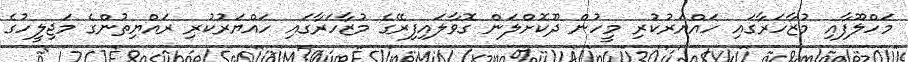
މަހްލޫފާއި މުޒާހަރާގައި ހައްޔަރުކުރި މީހުން ދޫކޮށްލަން ގޮވާލައިފިރޭގެ މުޒާހަރާގައި ހައްޔަރުކުރި ރައްޔިތުންގެ މަޖިލީހުގެ